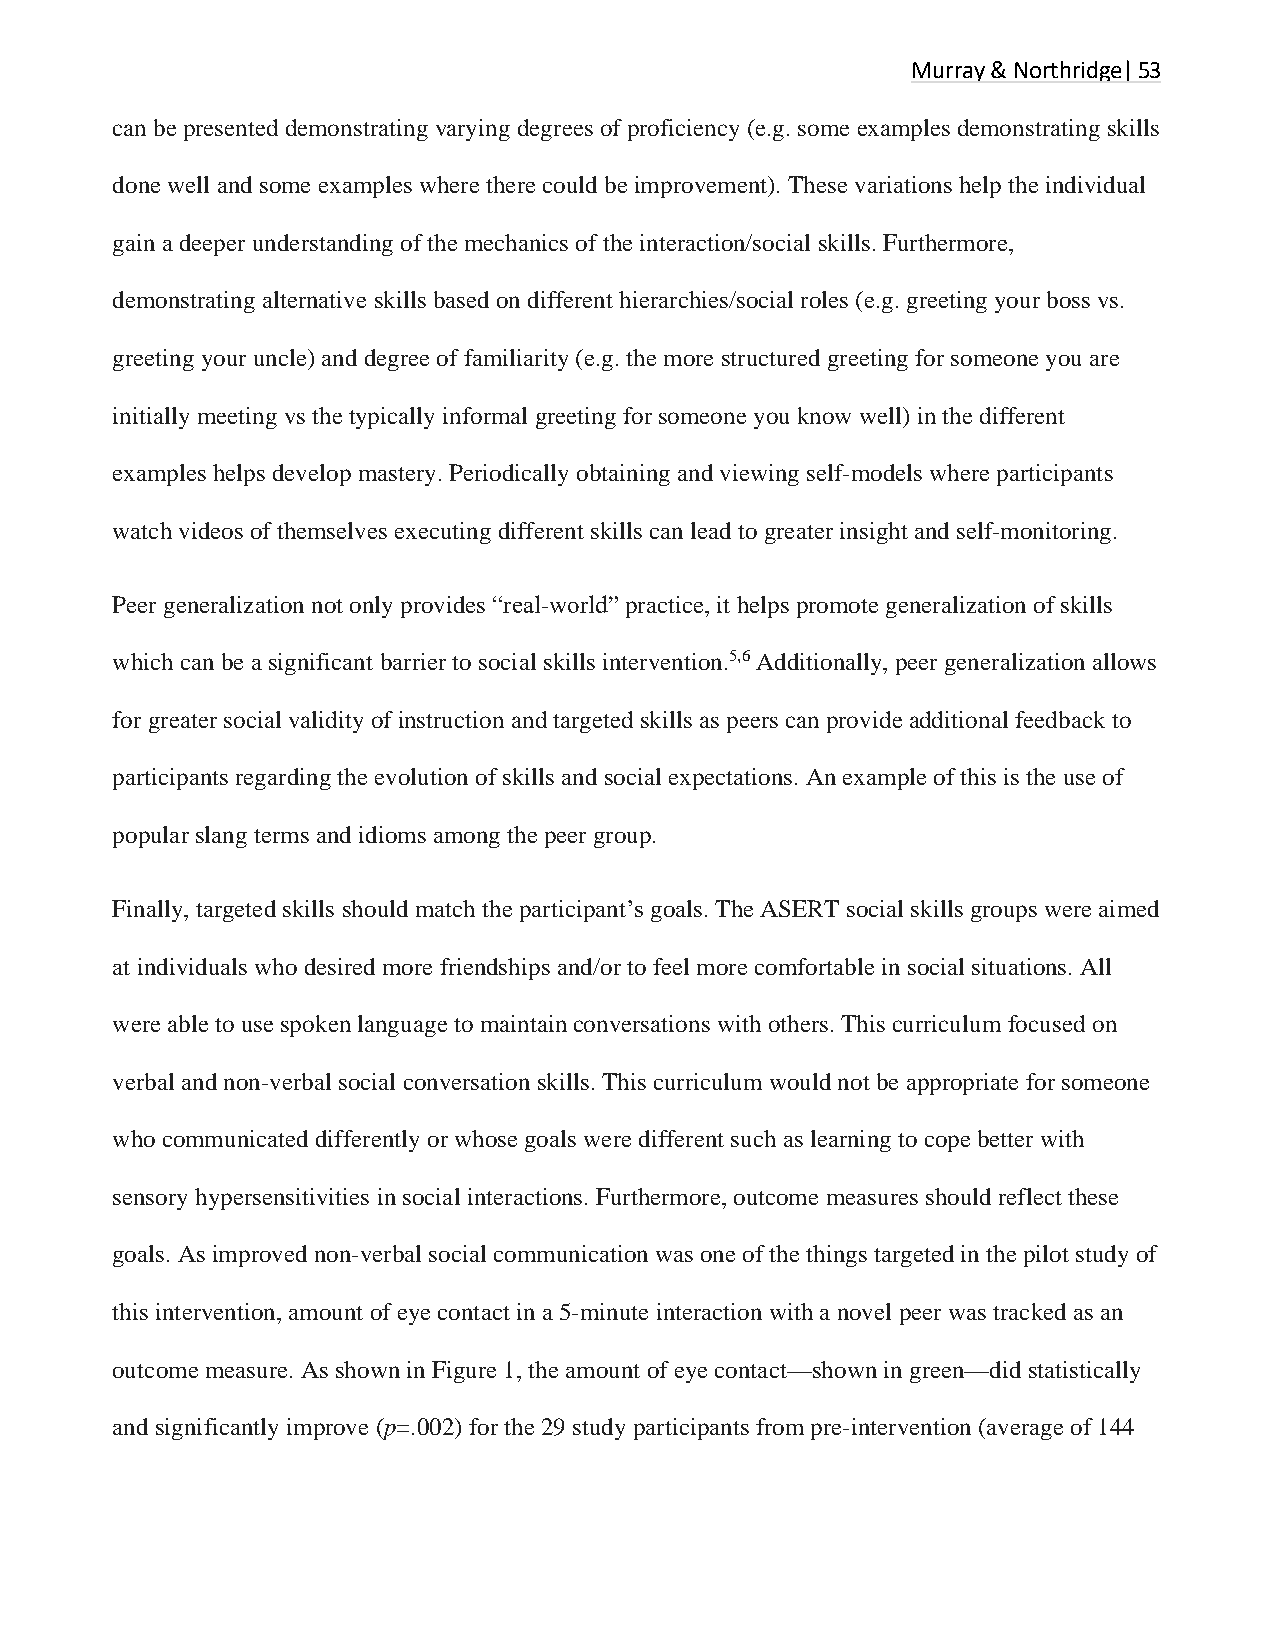
Murray & Northridge| 53
 can be presented demonstrating varying degrees of proficiency (e.g. some examples demonstrating skills
 done well and some examples where there could be improvement). These variations help the individual
 gain a deeper understanding of the mechanics of the interaction/social skills. Furthermore,
 demonstrating alternative skills based on different hierarchies/social roles (e.g. greeting your boss vs.
 greeting your uncle) and degree of familiarity (e.g. the more structured greeting for someone you are
 initially meeting vs the typically informal greeting for someone you know well) in the different
 examples helps develop mastery. Periodically obtaining and viewing self-models where participants
 watch videos of themselves executing different skills can lead to greater insight and self-monitoring.
 Peer generalization not only provides “real-world” practice, it helps promote generalization of skills
 which can be a significant barrier to social skills intervention.5,6 Additionally, peer generalization allows
 for greater social validity of instruction and targeted skills as peers can provide additional feedback to
 participants regarding the evolution of skills and social expectations. An example of this is the use of
 popular slang terms and idioms among the peer group.
 Finally, targeted skills should match the participant’s goals. The ASERT social skills groups were aimed
 at individuals who desired more friendships and/or to feel more comfortable in social situations. All
 were able to use spoken language to maintain conversations with others. This curriculum focused on
 verbal and non-verbal social conversation skills. This curriculum would not be appropriate for someone
 who communicated differently or whose goals were different such as learning to cope better with
 sensory hypersensitivities in social interactions. Furthermore, outcome measures should reflect these
 goals. As improved non-verbal social communication was one of the things targeted in the pilot study of
 this intervention, amount of eye contact in a 5-minute interaction with a novel peer was tracked as an
 outcome measure. As shown in Figure 1, the amount of eye contact—shown in green—did statistically
 and significantly improve (p=.002) for the 29 study participants from pre-intervention (average of 144